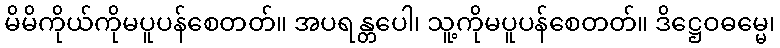
မိမိကိုယ်ကိုမပူပန်စေတတ်။ အပရန္တပေါ၊ သူ့ကိုမပူပန်စေတတ်။ ဒိဋ္ဌေဝဓမ္မေ၊